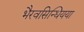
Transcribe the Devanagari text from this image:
भैरवसिन्धियया